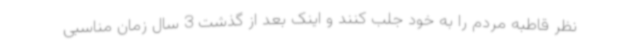
نظر قاطبه مردم را به خود جلب کنند و اینک بعد از گذشت 3 سال زمان مناسبی